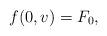
LaTeX: \begin{align*}f(0,v) = F_0,\end{align*}